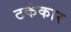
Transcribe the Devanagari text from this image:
टकंकार